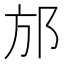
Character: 邡